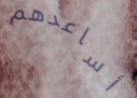
أساعدهم